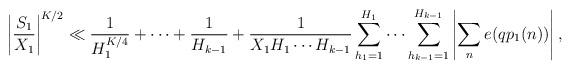
LaTeX: \begin{align*}\left| \frac{S_1}{ X_1} \right|^{K/2} \ll \frac{1}{H_1^{K/4}} + \cdots + \frac{1}{H_{k-1}} + \frac{1}{ X_1 H_1 \cdots H_{k-1}} \sum_{h_1 = 1}^{H_1} \cdots \sum_{h_{k-1} =1}^{H_{k-1}} \left| \sum_n e( q p_ 1 (n)) \right|,\end{align*}